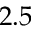
2 . 5